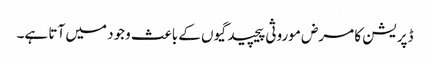
ڈپریشن کا مرض موروثی پیچیدگیوں کے باعث وجود میں آتا ہے۔